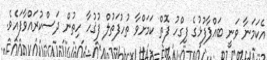
އެކަމަނާ ވަނީ ބައްޕާފުޅުގެ ފިގްހު ފޮތް ކަމަށްވާ ތުހުފަތުލް ފުޤުހާ ހިތުން ދަސްކުރައްވާފައެވެ.